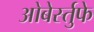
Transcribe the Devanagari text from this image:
ओबेर्स्तुफे